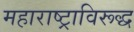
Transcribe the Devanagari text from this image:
महाराष्ट्राविरूद्ध